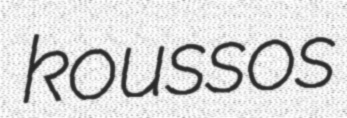
koussos